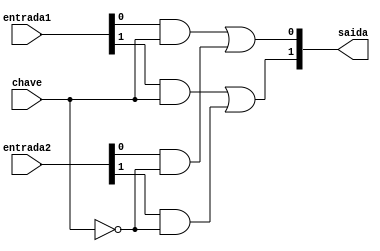
// ------------------------- 
// Exemplo0034 - F4 
// Nome: Michelle da Costa Silva 
// -------------------------
 
// ------------------------- 
// f4_gate 
// ------------------------- 

    module sel (output [1:0]saida, input [1:0]entrada1, input [1:0]entrada2, input chave); 

		wire [3:0]s1; 
		wire saida_not;

	   not NOT1(saida_not, chave); 
	 
	   and AND1(s1[0], entrada1[0], chave);
      and AND2(s1[1], entrada1[1], chave);
    
	   and AND3(s1[2], entrada2[0], saida_not);
      and AND4(s1[3], entrada2[1], saida_not);
     	 
	   or OR1(saida[0], s1[0], s1[2]);
      or OR2(saida[1], s1[1], s1[3]);
   
	 endmodule // sel 

    module f4 (output [1:0]saida, input [1:0]entrada1, input [1:0]entrada2, input c1, input c2);
					
		 wire [1:0]saida_xor; 
	    wire [1:0]saida_or;
       wire [1:0]saida_xnor; 
		 wire [1:0]saida_nor;
		 wire [1:0]s1;
		 wire [1:0]s2; 

	   xor XOR1(saida_xor[0], entrada1[0], entrada2[0]);
      xor XOR2(saida_xor[1], entrada1[1], entrada2[1]);
   
	   or OR1(saida_or[0], entrada1[0], entrada2[0]);
      or OR2(saida_or[1], entrada1[1], entrada2[1]);
   	 
	   xnor XNOR1(saida_xnor[0], entrada1[0], entrada2[0]);
      xnor XNOR2(saida_xnor[1], entrada1[1], entrada2[1]);
   
	   nor NOR1(saida_nor[0], entrada1[0], entrada2[0]);
      nor NOR2(saida_nor[1], entrada1[1], entrada2[1]);
	  
	   sel SEL1 (s1, saida_xor, saida_or, c1);
	   sel SEL2 (s2, saida_xnor, saida_nor, c1);
	   sel SEL3 (saida, s2, s1, c2);
	 
    endmodule //f4

// ------------------------- 
// -- test f4
// -------------------------
    
	  module test_f4; 

// ------------------------- definir dados 
    
	 reg  [1:0] x;
	 reg  [1:0] y;
	 reg  c1;
	 reg  c2;
	 wire [1:0] s;
	 
// ------------------------- instancia 
	 
     f4 modulo (s, x, y, c1, c2);
	  
// ------------------------- parte principal 
    
	 initial begin

      $display("Exemplo0034 - Michelle da Costa Silva");
      $display("Test LU's module");
      $display("Legenda da chave: 00-OR; 01-NOR; 10-XOR; 11-XNOR\n");
		
       #1 x = 2'b01; y = 2'b10; c1 = 0; c2 = 0;
		$monitor("Chave = %2b%2b \t x = %2b\t y = %2b\t Resultado = %2b", c1, c2, x, y, s);
		 #1 x = 2'b01; y = 2'b10; c1 = 0; c2 = 1; 
		 #1 x = 2'b01; y = 2'b10; c1 = 1; c2 = 0;
		 #1 x = 2'b01; y = 2'b10; c1 = 1; c2 = 1;
		
		 #1 x = 2'b11; y = 2'b00; c1 = 0; c2 = 0;
		 #1 x = 2'b11; y = 2'b00; c1 = 0; c2 = 1; 
		 #1 x = 2'b11; y = 2'b00; c1 = 1; c2 = 0;
		 #1 x = 2'b11; y = 2'b00; c1 = 1; c2 = 1;
		
		 #1 x = 2'b10; y = 2'b10; c1 = 0; c2 = 0;
		 #1 x = 2'b10; y = 2'b10; c1 = 0; c2 = 1; 
		 #1 x = 2'b10; y = 2'b10; c1 = 1; c2 = 0;
		 #1 x = 2'b10; y = 2'b10; c1 = 1; c2 = 1;
		 
		 #1 x = 2'b01; y = 2'b00; c1 = 0; c2 = 0;
		 #1 x = 2'b01; y = 2'b00; c1 = 0; c2 = 1; 
		 #1 x = 2'b01; y = 2'b00; c1 = 1; c2 = 0;
		 #1 x = 2'b01; y = 2'b00; c1 = 1; c2 = 1;

				
		end
endmodule // test_f4